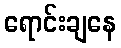
ရောင်းချနေ